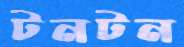
টনটন